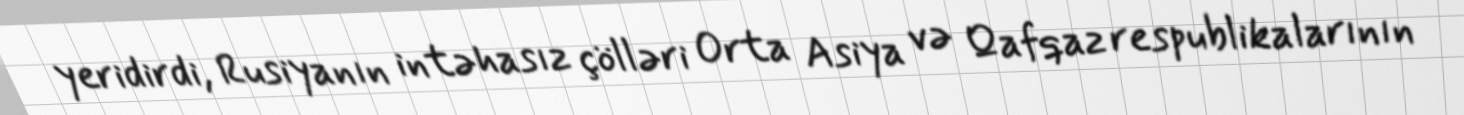
yeridirdi, Rusiyanın intəhasız çölləri Orta Asiya və Qafqaz respublikalarının